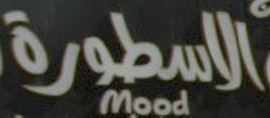
الاسطورة